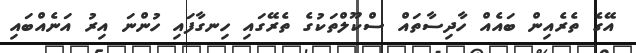
އޭގެ ތެރެއިން ބައެއް ހާދިސާތައް ސްކޫލްތަކުގެ ތެރޭގައި ހިނގާފައި ހުންނަ އިރު އަނެއްބައި